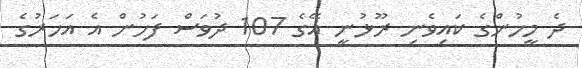
ދެ މީހުންގެ ކައިވެނި ރޫޅުނީ އޭގެ 107 ދުވަސް ފަހުން އެ އަހަރުގެ